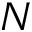
{ \cal N }